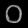
Digit: ၀